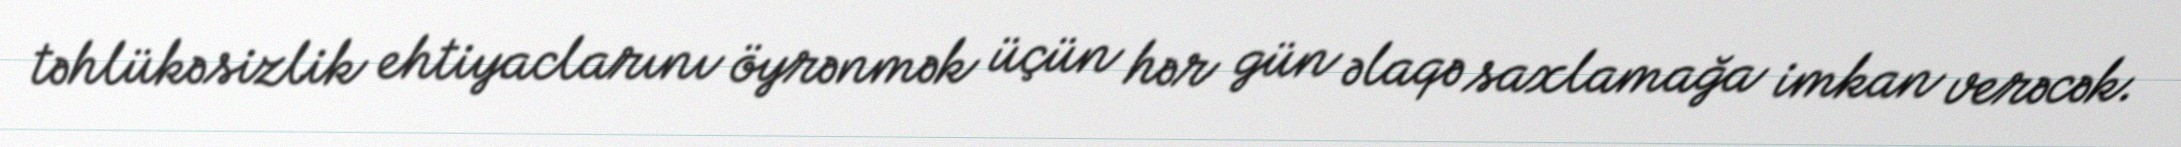
təhlükəsizlik ehtiyaclarını öyrənmək üçün hər gün əlaqə saxlamağa imkan verəcək.